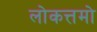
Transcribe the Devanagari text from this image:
लोकत्तमो